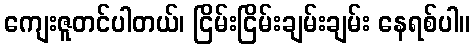
ကျေးဇူတင်ပါတယ်၊ ငြိမ်းငြိမ်းချမ်းချမ်း နေရစ်ပါ။